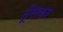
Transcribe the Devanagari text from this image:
ठूँसकर